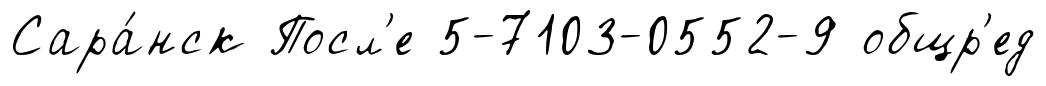
Сара́нск Посл'е 5-7103-0552-9 общр'ед